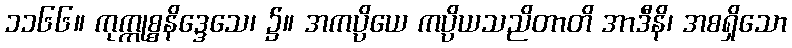
၁၁၆၆။ ကုက္ကုစ္စနိဒ္ဒေသေ၊ ၌။ အကပ္ပိယေ ကပ္ပိယသညိတာတိ အာဒီနိ၊ အစရှိသော